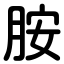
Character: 胺